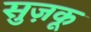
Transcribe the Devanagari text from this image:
सुज़कू